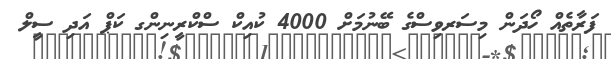
ފަރާތެއް ހޯދަން މިސަރވިސްގެ ބޭނުމަށް 4000 ކުއިކް ސްކްރީނިންގ ކަޕް އަދި ސީލް